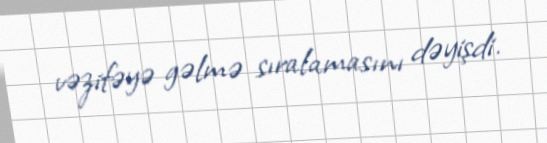
vəzifəyə gəlmə sıralamasını dəyişdi.